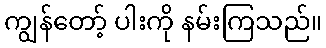
ကျွန်တော့် ပါးကို နမ်းကြသည်။